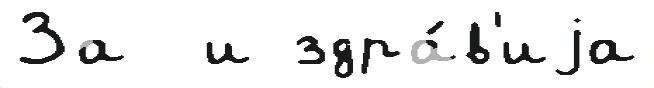
За  и здра́в'иjа